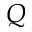
Q